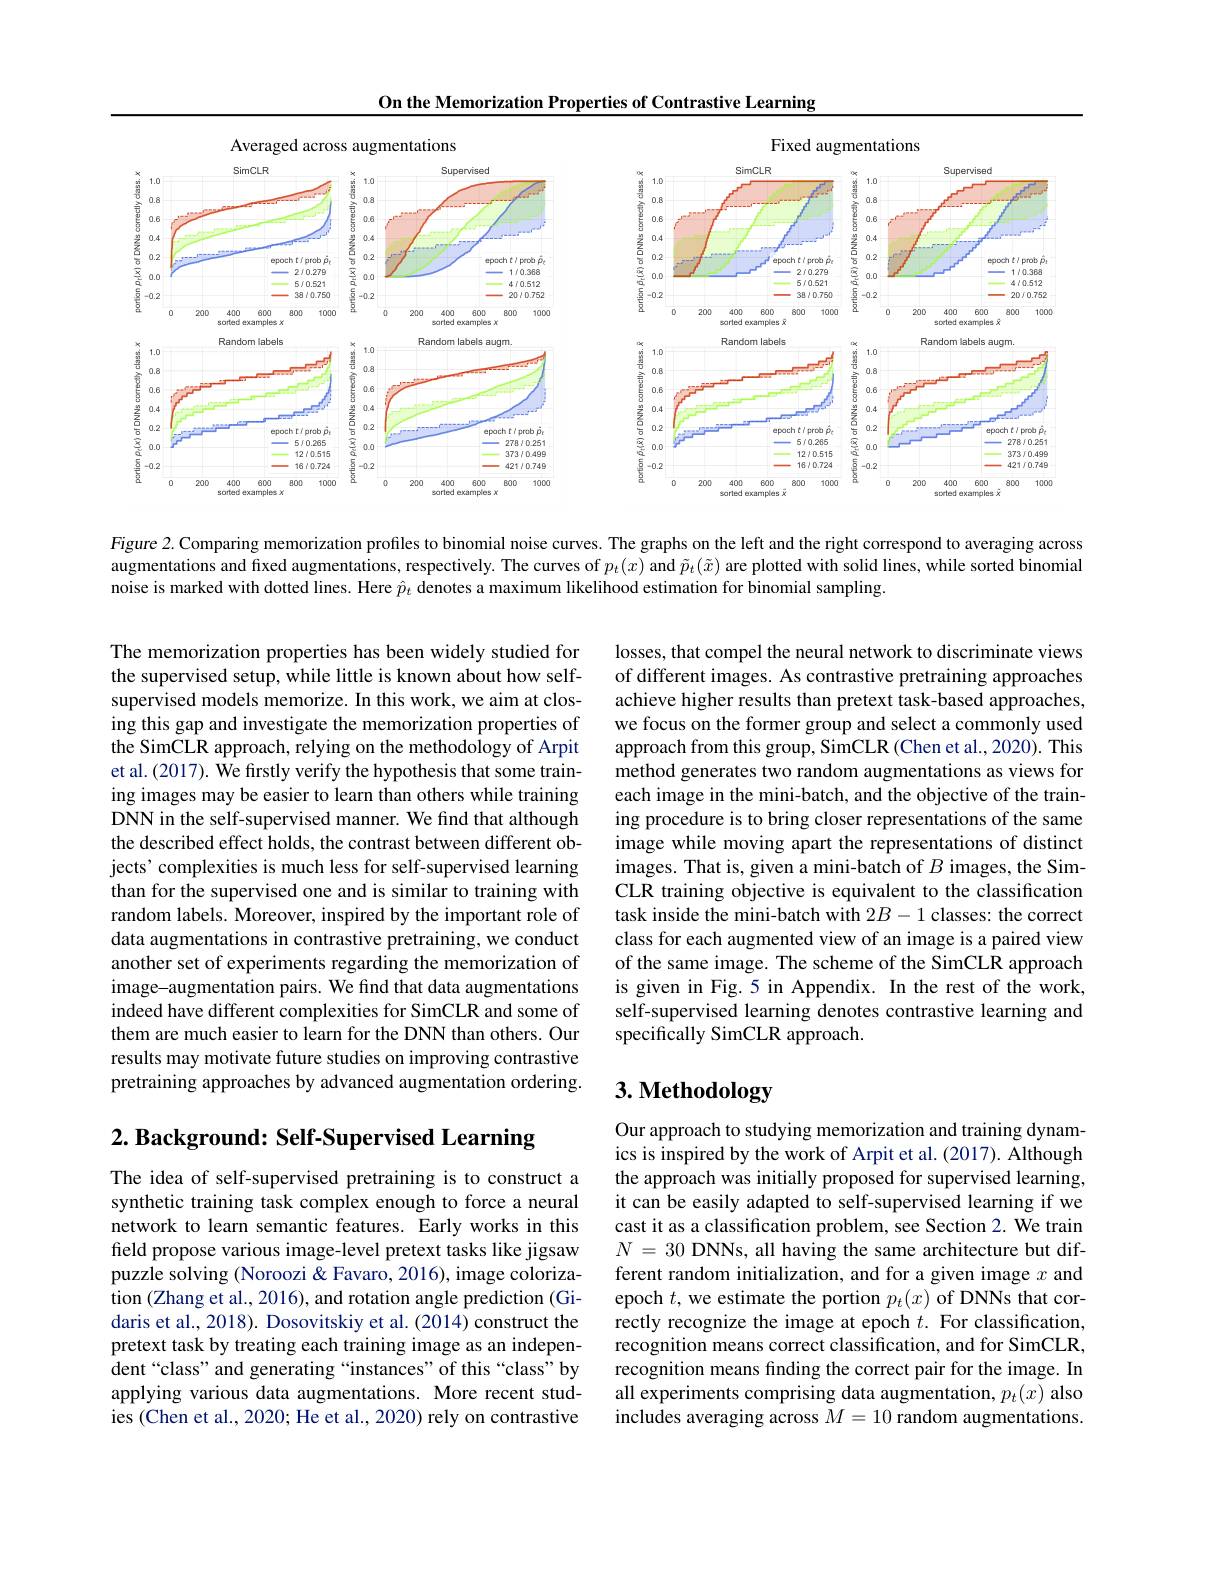
On the Memorization Properties of Contrastive Learning

<FigureHere>

Figure 2. Comparing memorization profiles to binomial noise curves. The graphs on the left and the right correspond to averaging across augmentations and fixed augmentations, respectively. The curves of $p_t(x)$ and $\tilde{p}_t(\tilde{x})$ are plotted with solid lines, while sorted binomial noise is marked with dotted lines. Here $\hat{p}_t$ denotes a maximum likelihood estimation for binomial sampling.

losses, that compel the neural network to discriminate views of different images. As contrastive pretraining approaches achieve higher results than pretext task-based approaches, we focus on the former group and select a commonly used approach from this group, SimCLR (Chen et al., 2020). This method generates two random augmentations as views for each image in the mini-batch, and the objective of the training procedure is to bring closer representations of the same image while moving apart the representations of distinct images. That is, given a mini-batch of $B$ images, the SimCLR training objective is equivalent to the classification task inside the mini-batch with $2B-1$ classes: the correct class for each augmented view of an image is a paired view of the same image. The scheme of the SimCLR approach is given in Fig.5 in Appendix. In the rest of the work, self-supervised learning denotes contrastive learning and specifically SimCLR approach.

The memorization properties has been widely studied for the supervised setup, while little is known about how selfsupervised models memorize. In this work, we aim at closing this gap and investigate the memorization properties of the SimCLR approach, relying on the methodology of Arpit et al. (2017). We frstly verify the hypothesis that some training images may be easier to learn than others while training DNN in the self-supervised manner. We find that although the described effect holds, the contrast between different objects' complexities is much less for self-supervised learning than for the supervised one and is similar to training with random labels. Moreover, inspired by the important role of data augmentations in contrastive pretraining, we conduct another set of experiments regarding the memorization of image-augmentation pairs. We fınd that data augmentations indeed have different complexities for SimCLR and some of them are much easier to learn for the DNN than others. Our results may motivate future studies on improving contrastive pretraining approaches by advanced augmentation ordering.

# 3. Methodology

$2. \textbf{ Background: Self- Supervised Learning}$

Our approach to studying memorization and training dynamics is inspired by the work of Arpit et al. (2017). Although the approach was initially proposed for supervised learning, it can be easily adapted to self-supervised learning if we cast it as a classification problem, see Section 2. We train $N=30$ DNNs, all having the same architecture but different random initialization, and for a given image $x$ and epoch $t$, we estimate the portion $p_t(x)$ of DNNs that correctly recognize the image at epoch $t.$ For classification, recognition means correct classification, and for SimCLR, recognition means finding the correct pair for the image. In all experiments comprising data augmentation, $p_t(x)$ also $\hat{\text{includes averaging across}}\tilde{M}=10$ random augmentations.

The idea of self-supervised pretraining is to construct a synthetic training task complex enough to force a neural network to learn semantic features. Early works in this field propose various image-level pretext tasks like jigsaw puzzle solving (Noroozi & Favaro, 2016), image colorization (Zhang et al., 2016), and rotation angle prediction (Gidaris et al., 2018). Dosovitskiy et al. (2014) construct the pretext task by treating each training image as an independent“class” and generating“instances”of this“class" by applying various data augmentations. More recent studies (Chen et al., 2020; He et al., 2020) rely on contrastive